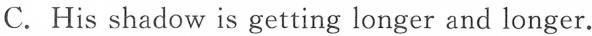
C. His shadow is getting longer and longer.